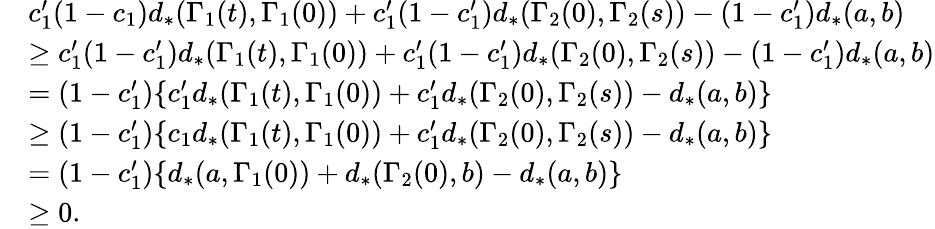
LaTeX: \begin{array}{rl}&{c_{1}^{\prime}(1-c_{1})d_{*}(\Gamma_{1}(t),\Gamma_{1}(0))+c_{1}^{\prime}(1-c_{1}^{\prime})d_{*}(\Gamma_{2}(0),\Gamma_{2}(s))-(1-c_{1}^{\prime})d_{*}(a,b)}\\ &{\geq c_{1}^{\prime}(1-c_{1}^{\prime})d_{*}(\Gamma_{1}(t),\Gamma_{1}(0))+c_{1}^{\prime}(1-c_{1}^{\prime})d_{*}(\Gamma_{2}(0),\Gamma_{2}(s))-(1-c_{1}^{\prime})d_{*}(a,b)}\\ &{=(1-c_{1}^{\prime})\{ c_{1}^{\prime}d_{*}(\Gamma_{1}(t),\Gamma_{1}(0))+c_{1}^{\prime}d_{*}(\Gamma_{2}(0),\Gamma_{2}(s))-d_{*}(a,b)\} }\\ &{\geq(1-c_{1}^{\prime})\{ c_{1}d_{*}(\Gamma_{1}(t),\Gamma_{1}(0))+c_{1}^{\prime}d_{*}(\Gamma_{2}(0),\Gamma_{2}(s))-d_{*}(a,b)\} }\\ &{=(1-c_{1}^{\prime})\{ d_{*}(a,\Gamma_{1}(0))+d_{*}(\Gamma_{2}(0),b)-d_{*}(a,b)\} }\\ &{\geq 0.}\end{array}